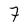
Character: 7